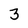
Character: 3